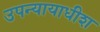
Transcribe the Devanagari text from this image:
उपन्यायाधीश